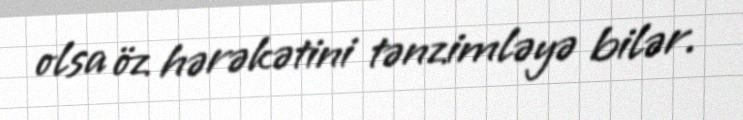
olsa öz hərəkətini tənzimləyə bilər.